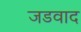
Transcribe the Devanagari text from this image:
जडवाद